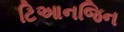
ટિઆનજિન